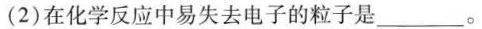
(2)在化学反应中易失去电子的粒子是________。